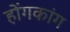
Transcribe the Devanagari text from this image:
होंगकांग